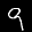
Label: 9